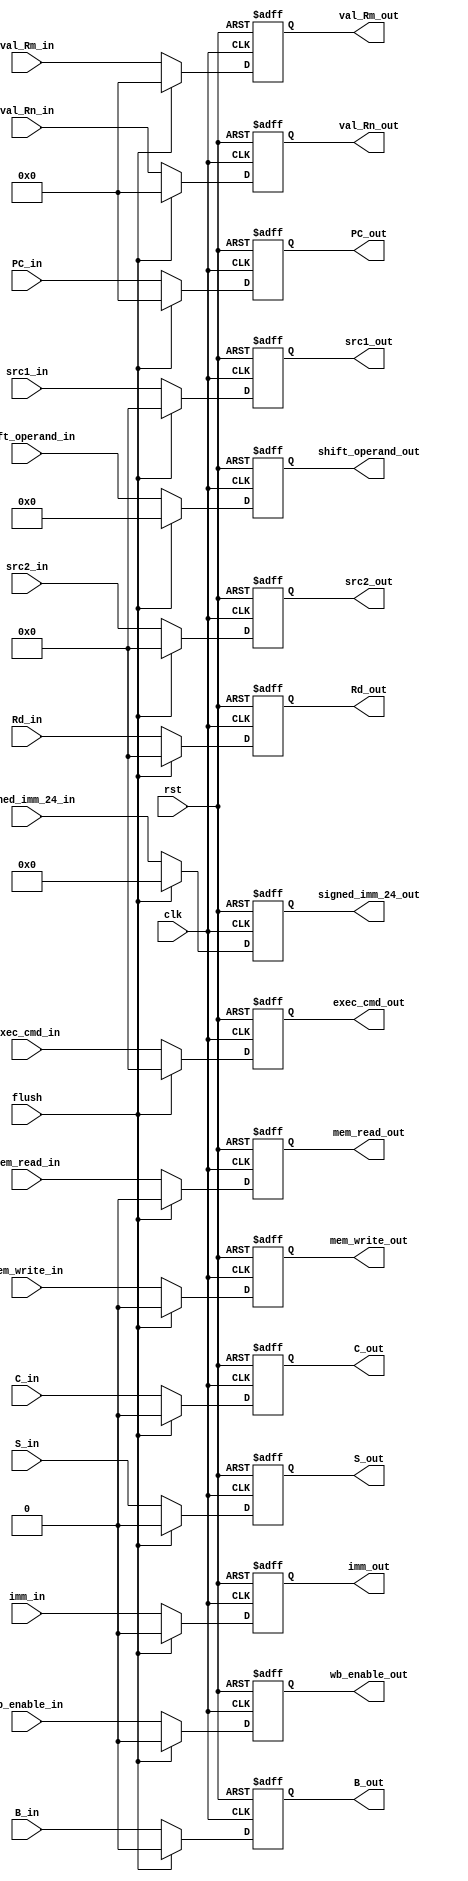
module ID_stage_reg(
  input clk, rst, flush, 
  input [31:0] PC_in,
  input wb_enable_in, mem_read_in, mem_write_in, B_in, S_in, imm_in,
  input [3:0] exec_cmd_in,
  input [31:0] val_Rn_in, val_Rm_in,
  input [3:0] Rd_in,
  input [11:0] shift_operand_in,
  input [23:0] signed_imm_24_in,
  input C_in,
  input [3:0] src1_in, src2_in,
  
  output reg [31:0] PC_out,
  output reg wb_enable_out, mem_read_out, mem_write_out, B_out, S_out, imm_out,
  output reg [3:0] exec_cmd_out,
  output reg [31:0] val_Rn_out, val_Rm_out,
  output reg [3:0] Rd_out,
  output reg [11:0] shift_operand_out,
  output reg [23:0] signed_imm_24_out,
  output reg C_out,
  output reg [3:0] src1_out, src2_out
);
  always@(posedge clk, posedge rst) begin
    if(rst)begin
      PC_out <= 32'b0;
      {wb_enable_out, mem_read_out, mem_write_out, B_out, S_out, imm_out} <= 6'b0;
      {val_Rn_out, val_Rm_out, Rd_out} <= 68'b0;
      {exec_cmd_out, shift_operand_out, signed_imm_24_out, C_out} <= 42'b0;
      {src1_out, src2_out} <= 8'b0;
    end
    
    else if(flush) begin
      PC_out <= 32'b0;
      {wb_enable_out, mem_read_out, mem_write_out, B_out, S_out, imm_out} <= 6'b0;
      {val_Rn_out, val_Rm_out, Rd_out} <= 68'b0;
      {exec_cmd_out, shift_operand_out, signed_imm_24_out, C_out} <= 42'b0;
      {src1_out, src2_out} <= 8'b0;
    end
    
    else begin
      PC_out <= PC_in;
      wb_enable_out <= wb_enable_in;
      mem_read_out <= mem_read_in;
      mem_write_out <= mem_write_in;
      B_out <= B_in;
      S_out <= S_in;
      imm_out <= imm_in;
      exec_cmd_out <= exec_cmd_in;
      val_Rn_out <= val_Rn_in;
      val_Rm_out <= val_Rm_in;
      Rd_out <= Rd_in;
      shift_operand_out <= shift_operand_in;
      signed_imm_24_out <= signed_imm_24_in;
      C_out <= C_in;
      src1_out <= src1_in;
      src2_out <= src2_in;
    end
  end
endmodule